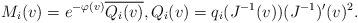
LaTeX: \begin{align*} M_{i}(v)=e^{-\varphi(v)}\overline{Q_{i}(v)},Q_{i}(v)=q_{i}(J^{-1}(v))(J^{-1})^{\prime}(v)^{2}.\end{align*}